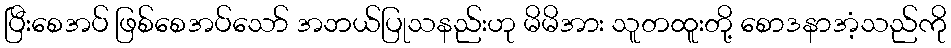
ပြီးစေအပ် ဖြစ်စေအပ်သော် အဘယ်ပြုသနည်းဟု မိမိအား သူတထူးတို့ စောဒနာအံ့သည်ကို